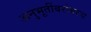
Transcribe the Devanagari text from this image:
अनुभूतींबरोबरच